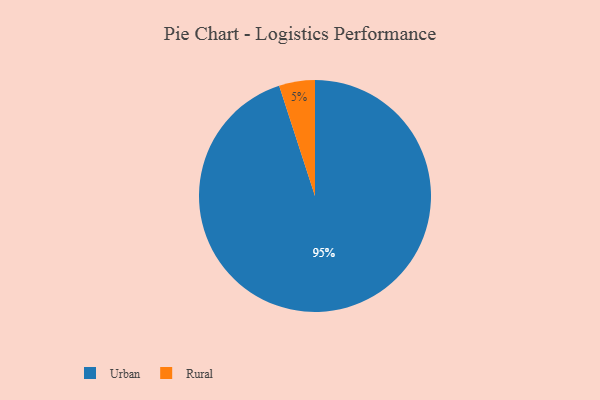
{"axis": {"x": "Category", "y": "Percentage"}, "legend": ["Rural", "Urban"], "data": [{"x": "Urban", "y": 95, "type": "Urban"}, {"x": "Rural", "y": 5, "type": "Rural"}]}